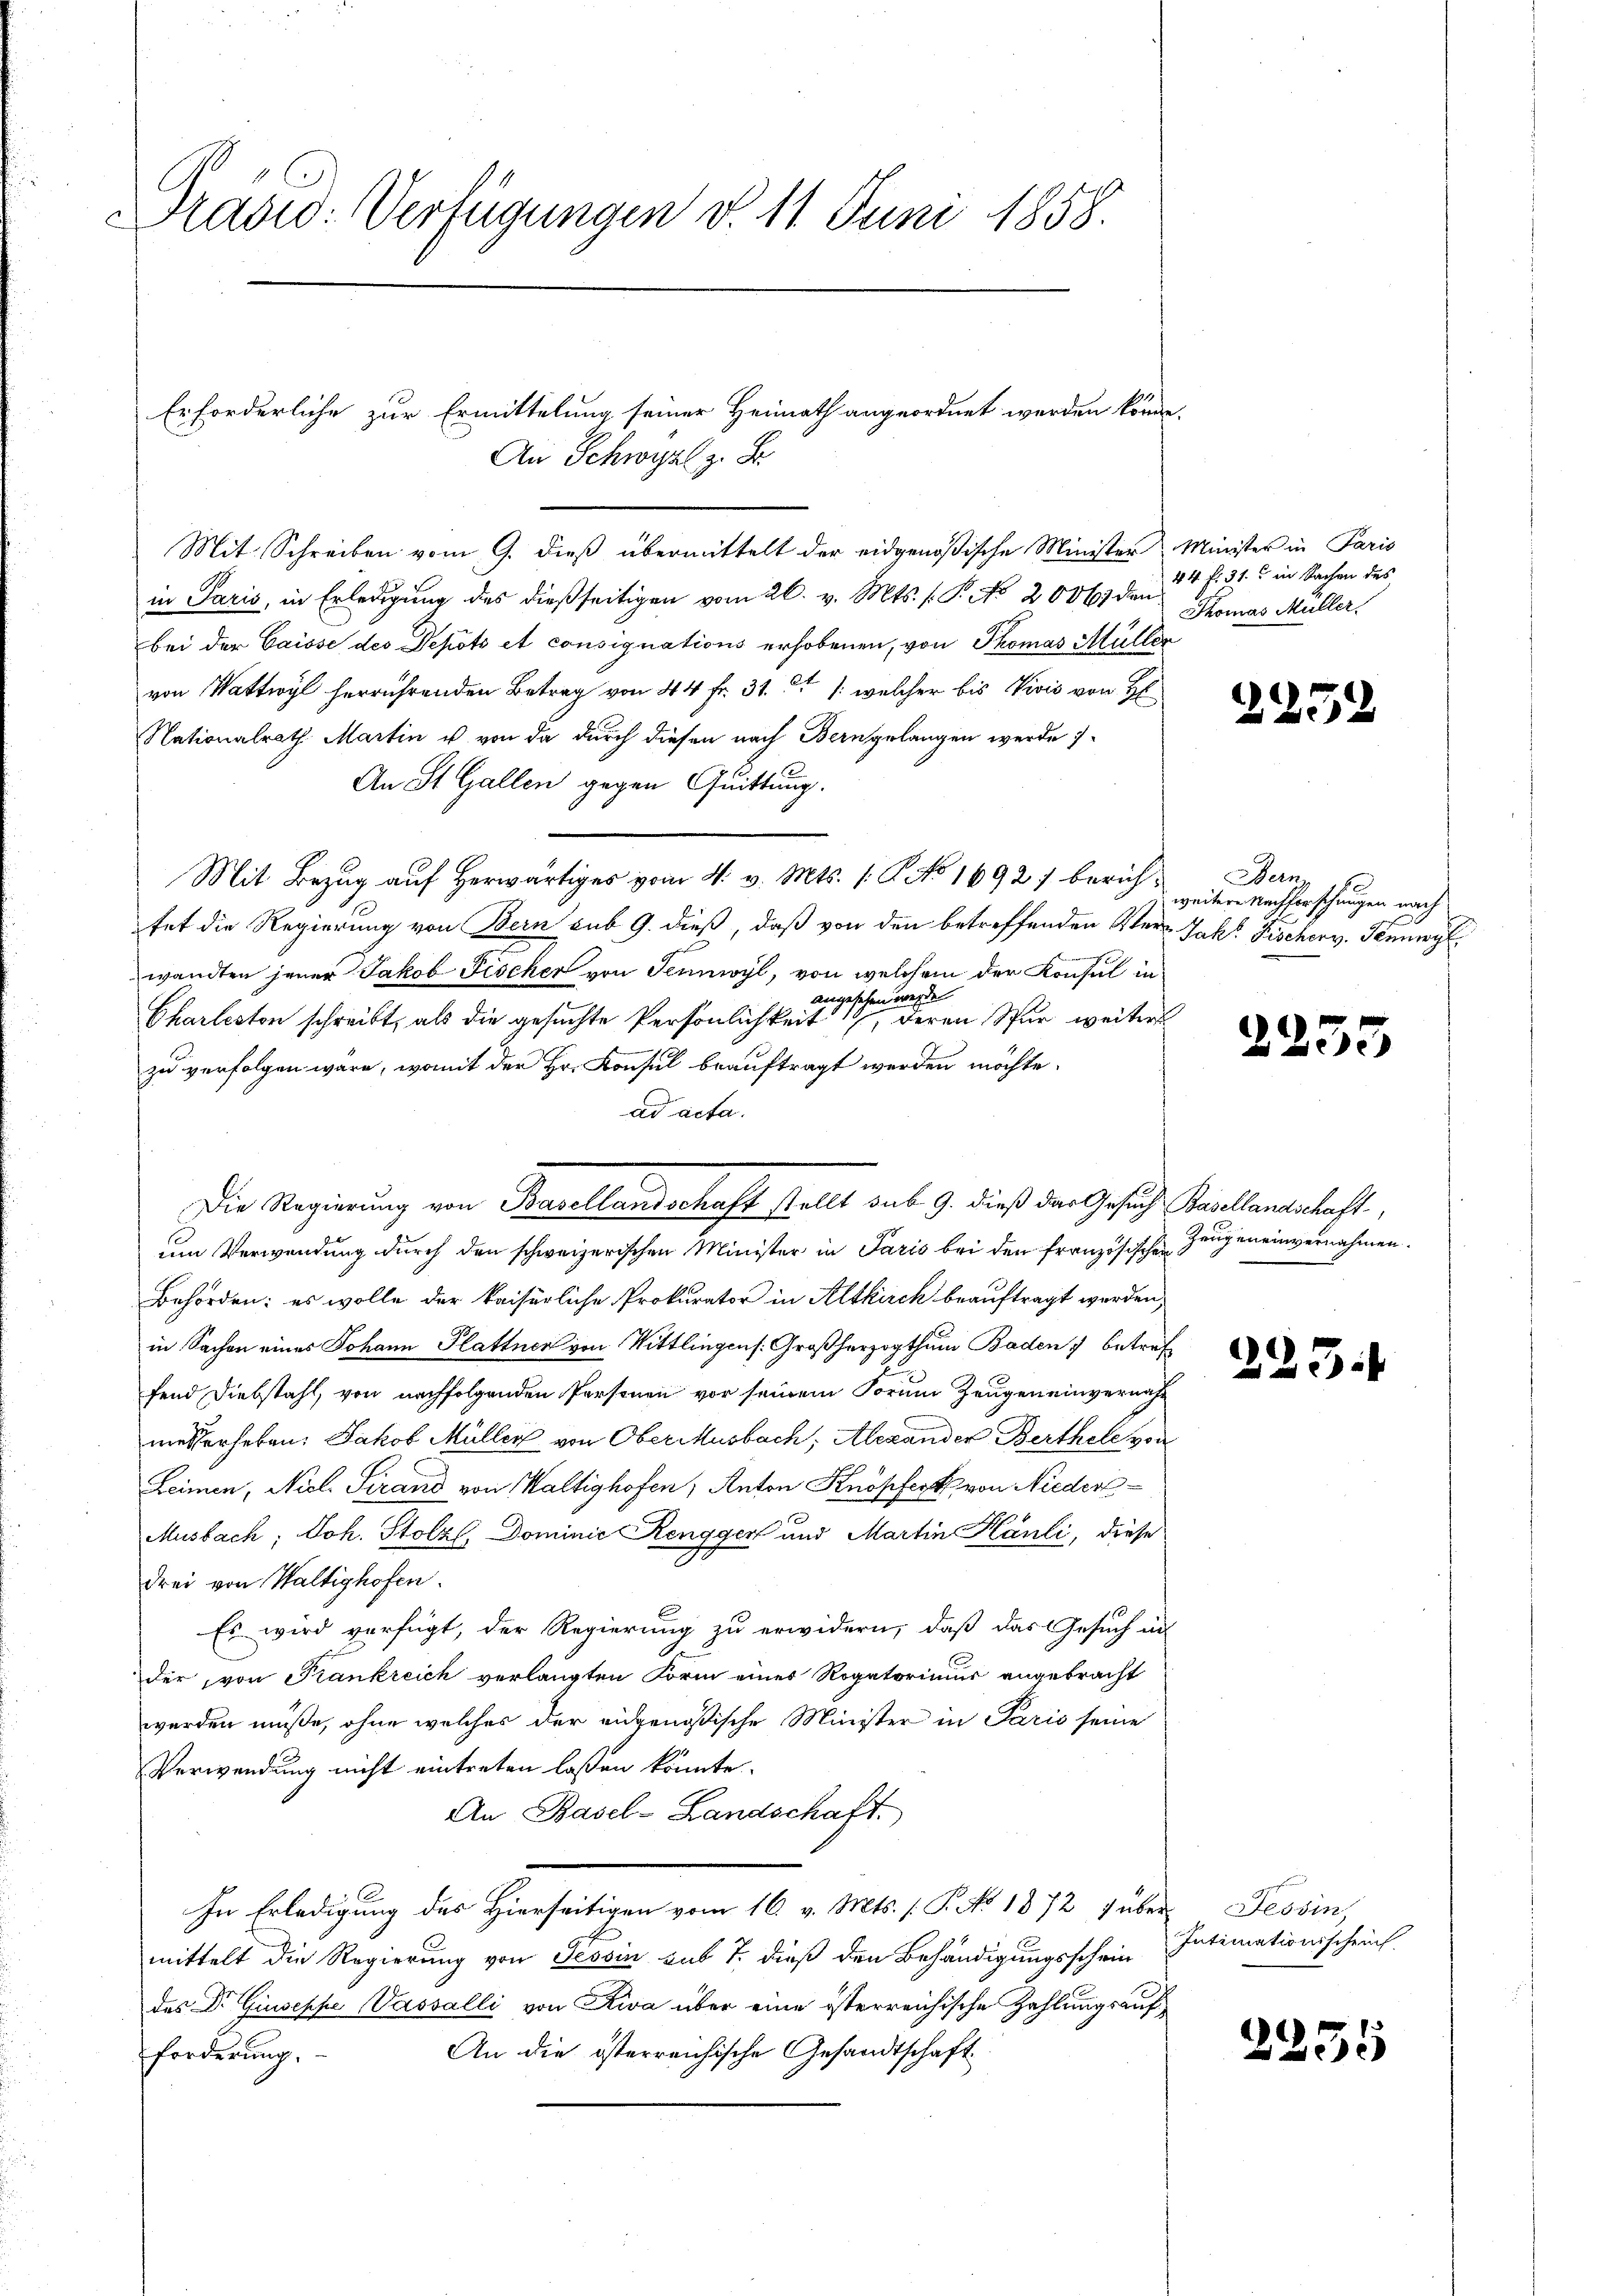
rasid: Verfügungen d. 11. Juni 1858.

Erforderliche zur Ermittelung seiner Heimath angeordnet werden könne.
An Schwyz z. B.

Mit Schreiben vom 9. dieß übermittelt der eidgenößische Minister Minister in Paris
in Paris, in Erledigung des dießseitigen vom 26. v. Mts. (: P. No 2006 den
bei der Caisse des Depots et consignations erhobenen, von Thomas Müller
von Wattwyl herrührenden Betrag von 44 fr. 31. 37 /: welcher bis Vivis von H
Nationalrath Martin u. von da durch diesen nach Berngelangen werde
An St. Gallen gegen Quittung.
Mit Bezug auf Herwärtiges vom 4. v. Mts. (T. No 1692 berichfet die Regierung von Bern sub 9. dieß, daß von den betreffenden Verr Jak. Fischer v. Jennwyl
wandten jener Jakob Fischer von Tennwyl, von welchem der Konsul in
angesehen werde
Charleston schreibt, als die gesuchte Persönlichkeit 1, deren Spur weitere
zu verfolgen wäre, womit der Hr. Konsul beauftragt werden möchte.
ad acta.
um Verwendung durch den schweizerischen Minister in Paris bei den französischen Zeugeneinvernahmen.
Behörden: es wolle der kaiserliche Prokurator in Altkirch beauftragt werden,
in Sachen eines Johann Plattner von Wittlingens. Großherzogthum Baden, betref
fend Diebstahl, von nachfolgenden Personen vor seinem Forum Zeugen einvernahmesserheben: Jakob Müller von Oberausbach, Alexander Berthele von
Leimen, Nicl. Tirand von Waltighofen, Anton Knöpfert von Nieder¬
Musbach, Joh. Stolz, Dominie Renggen und Martin Kanti, diese
.
drei von Waltighofen.
Es wird verfügt, der Regierung zu erwidern, daß das Gesuch in
der, von Frankreich verlangten Form eines Rogatorimus angebracht
werden müße, ohne welches der eidgenößische Minister in Paris seine
Verwendung nicht eintreten laßen könnte.
An Basel-Landschaft.
In Erledigung des Hierseitigen vom 16. v. Mts. (T. No 1872 über Tessin
mittelt die Regierung von Tessin sub 7. dieß den Behändigungsschein
des Dr. Giuseppe Vassalli von Riva über eine österreichische Zahlungsauf
An die österreichische Gesandtschaft
forderung.

Die Regierung von Basellandschaft stellt sub 9. dieß das Gesuch Basellandschaft,

44 f. 31. in Sachen des
Thomas Müller.

2259

Bern
weitere Nachforschungen nach

2235

223.

Intimationsschrif

2255